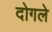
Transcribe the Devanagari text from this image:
दोगले